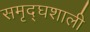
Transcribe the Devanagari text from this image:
समृद्घशाली